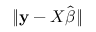
\| \mathbf { y } - X { \hat { \boldsymbol { \beta } } } \|